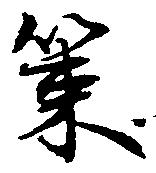
策